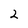
Character: 2